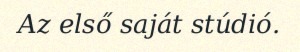
Az első saját stúdió.